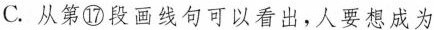
C.从第⑰段画线句可以看出，人要想成为